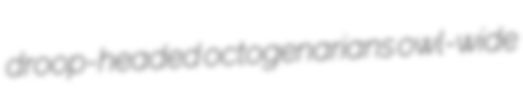
droop-headed octogenarians owl-wide